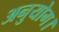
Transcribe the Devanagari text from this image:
अनुयोग।